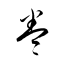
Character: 巻